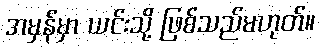
အမှန်မှာ ယင်းသို့ ဖြစ်သည်မဟုတ်။